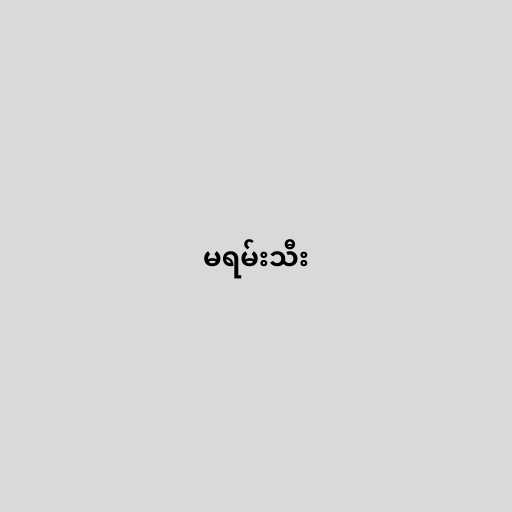
မရမ်းသီး